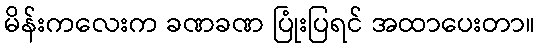
မိန်းကလေးက ခဏခဏ ပြုံးပြရင် အထာပေးတာ။